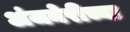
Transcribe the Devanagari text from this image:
अंजनेरीच्या